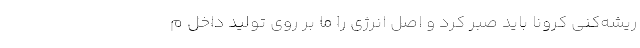
ریشه‌کنی کرونا باید صبر کرد و اصل انرژی را ما بر روی تولید داخل م